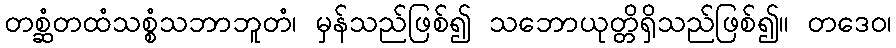
တစ္ဆံတထံသစ္စံသဘာဘူတံ၊ မှန်သည်ဖြစ်၍ သဘောယုတ္တိရှိသည်ဖြစ်၍။ တဒေဝ၊